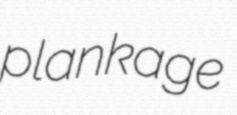
plankage